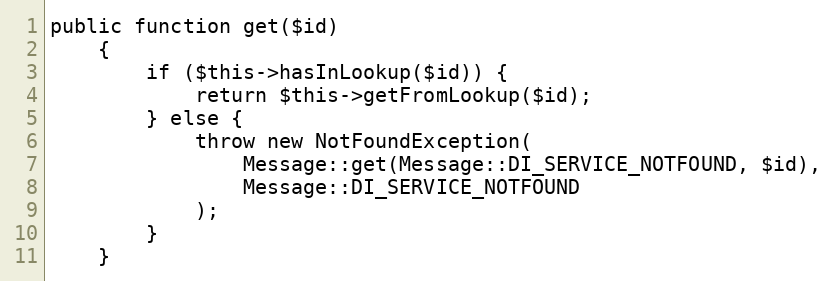
Language: PHP
public function get($id)
    {
        if ($this->hasInLookup($id)) {
            return $this->getFromLookup($id);
        } else {
            throw new NotFoundException(
                Message::get(Message::DI_SERVICE_NOTFOUND, $id),
                Message::DI_SERVICE_NOTFOUND
            );
        }
    }